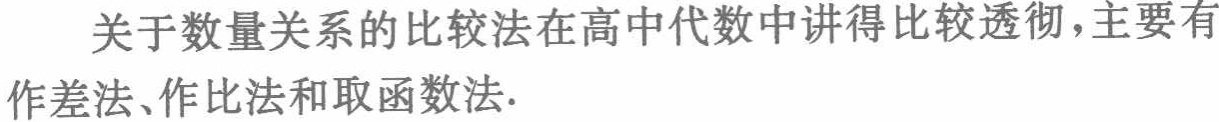
关于数量关系的比较法在高中代数中讲得比较透彻，主要有作差法、作比法和取函数法.